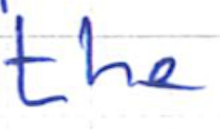
Text: the
Cross-out: clean
Writing tool: ballpoint